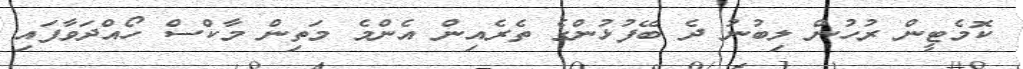
ކޮމެޓީން ރުހުން ލިބުނު ދެ ބޭފުޅުންގެ ތެރެއިން އެންމެ މަތިން މާކްސް ހޯއްދަވާފައި